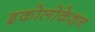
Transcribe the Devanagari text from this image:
इकोलोकेशन